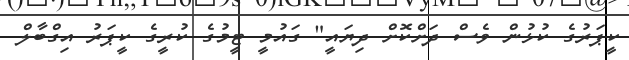
ކީޕަރުގެ ކުޅުން ވެސް ދަށްކޮށް ދިޔައީ" ގައުމީ ޓީމުގެ ކުރީގެ ކީޕަރު އިގްބާލް